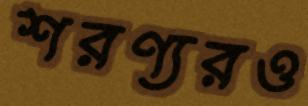
শরণ্যরও